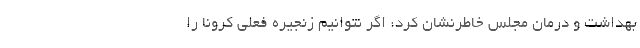
بهداشت و درمان مجلس خاطرنشان کرد: اگر نتوانیم زنجیره فعلی کرونا را